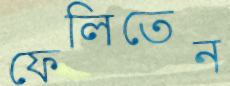
ফেলিতেন